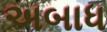
અબાધ